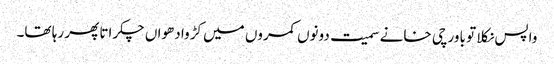
واپس نکلا تو باورچی خانے سمیت دونوں کمروں میں کڑوا دھواں چکراتا پھر رہا تھا۔